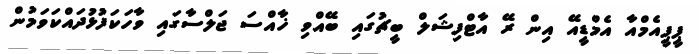
ޕީޕީއެމްއާ އެމްޑީއޭ އިން ރޭ އާޓްފިޝަލް ބީޗުގައި ބޭއްވި ޚާއްސަ ޖަލްސާގައި ވާހަކަފުޅުދައްކަވަމުން